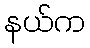
နယ်က